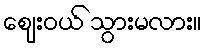
ဈေးဝယ် သွားမလား။